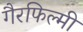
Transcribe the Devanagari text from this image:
गैरफिल्मी